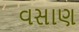
વસાણ